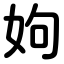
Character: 姁